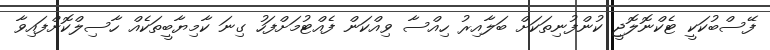
ފޭސްބުކަކީ ޓެކްނޮލޮޖީ ކުންފުނިތަކަށް ބަލާއިރު ހިއްސާ ވިއްކަން ފެއްޓުމަށްފަހު ގިނަ ކާމިޔާބީތަކެއް ހާސިލްކޮށްފައިވާ